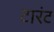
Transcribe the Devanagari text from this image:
टारंट